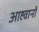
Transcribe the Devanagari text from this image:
आह्वानों